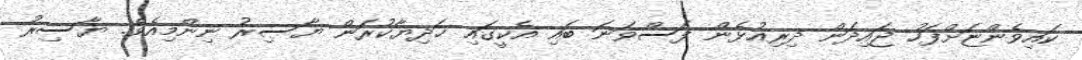
ކައިވެންޏަށްފަހު ޖައިދަން ދިރިއުޅެން ފަސްވަނަ ބައި އެކީގައި ހަދިޔާކުރަން ޔާސިރު ނިންމިއެވެ. ޔާސިރު